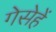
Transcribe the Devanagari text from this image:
गेसेहें